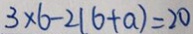
3 \times 6 - 2 ( 6 + a ) = 2 0